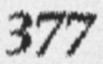
377